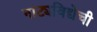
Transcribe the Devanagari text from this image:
नाट्यविद्येची